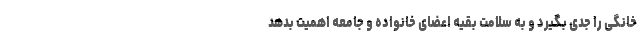
خانگی را جدی بگیرد و به سلامت بقیه اعضای خانواده و جامعه اهمیت بدهد